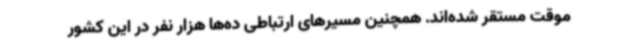
موقت مستقر شده‌اند. همچنین مسیرهای ارتباطی ده‌ها هزار نفر در این کشور